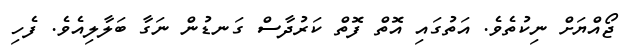
ޖޯއްޔަށް ނިކުތެވެ. އަތުގައި އޮތް ފޮތް ކަރުދާސް ގަނޑުން ނަގާ ބަލާލިއެވެ. ފެހި